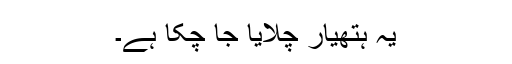
یہ ہتھیار چلایا جا چکا ہے۔